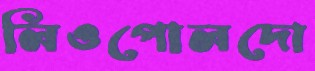
লিওপোলদো